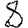
Digit: 8